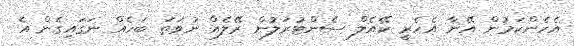
އެހެންކަމުން އޭނާ އެހެރީ ކޭއެލް ސެންޓުރަލުން ރޭލެއް ނުވަތަ ބަހެއް ނަގައިގެން އެ